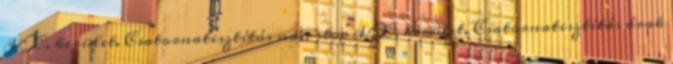
IX. kerület. Csatornatisztítás non stop IX. kerület. Csatornatisztítás árak